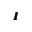
\pmb { I }